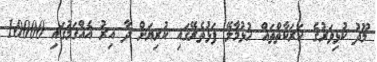
މޫދު ކުޅިވަރުގެ ހަރަކާތްތައް ހުޅުމާލޭ ފަޅުތެރޭގައި ކުރިޔަށް ދާ އިރު އެއްގަމުގައި 10000